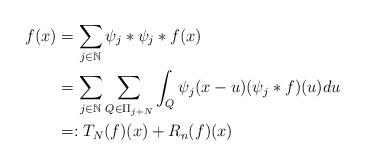
LaTeX: \begin{align*}\begin{aligned} f(x) &=\sum\limits_{j\in\mathbb N}\psi_{j}\ast\psi_{j}\ast f(x)\\ &=\sum\limits_{j\in\mathbb N}\sum\limits_{Q\in\Pi_{j+N}}\int_{Q}\psi_{j}(x-u)(\psi_{j}\ast f)(u)du\\ &=:T_{N}(f)(x)+R_{n}(f)(x)\end{aligned}\end{align*}